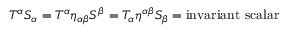
T ^ { \alpha } S _ { \alpha } = T ^ { \alpha } \eta _ { \alpha \beta } S ^ { \beta } = T _ { \alpha } \eta ^ { \alpha \beta } S _ { \beta } = { \mathrm { i n v a r i a n t ~ s c a l a r } }